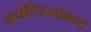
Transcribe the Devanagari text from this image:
अर्वोदेस्नाम्न्द